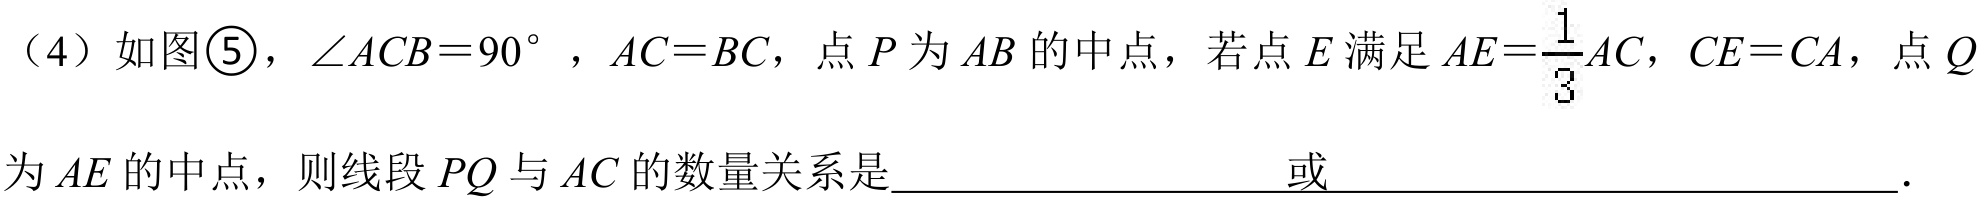
（4）如图\textcircled{5}，\(\angle ACB = 90^{\circ}\)，\(AC = BC\)，点\(P\)为\(AB\)的中点，若点\(E\)满足\(AE=\frac{1}{3}AC\)，\(CE = CA\)，点\(Q\)
为\(AE\)的中点，则线段\(PQ\)与\(AC\)的数量关系是____________________或____________________．